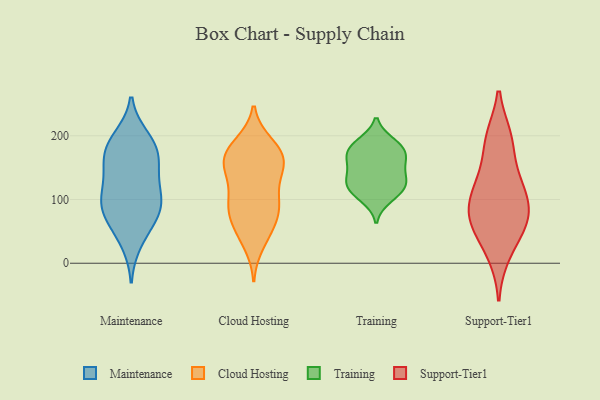
{"axis": {"x": "Waste Production (Tons)", "y": "Value"}, "legend": ["Cloud Hosting", "Maintenance", "Support-Tier1", "Training"], "data": [{"x": "", "y": 106, "type": "Maintenance"}, {"x": "", "y": 197, "type": "Maintenance"}, {"x": "", "y": 149, "type": "Maintenance"}, {"x": "", "y": 171, "type": "Maintenance"}, {"x": "", "y": 93, "type": "Maintenance"}, {"x": "", "y": 113, "type": "Maintenance"}, {"x": "", "y": 57, "type": "Maintenance"}, {"x": "", "y": 33, "type": "Maintenance"}, {"x": "", "y": 187, "type": "Maintenance"}, {"x": "", "y": 76, "type": "Maintenance"}, {"x": "", "y": 163, "type": "Maintenance"}, {"x": "", "y": 185, "type": "Maintenance"}, {"x": "", "y": 138, "type": "Maintenance"}, {"x": "", "y": 84, "type": "Maintenance"}, {"x": "", "y": 89, "type": "Maintenance"}, {"x": "", "y": 157, "type": "Cloud Hosting"}, {"x": "", "y": 179, "type": "Cloud Hosting"}, {"x": "", "y": 30, "type": "Cloud Hosting"}, {"x": "", "y": 84, "type": "Cloud Hosting"}, {"x": "", "y": 93, "type": "Cloud Hosting"}, {"x": "", "y": 76, "type": "Cloud Hosting"}, {"x": "", "y": 115, "type": "Cloud Hosting"}, {"x": "", "y": 44, "type": "Cloud Hosting"}, {"x": "", "y": 55, "type": "Cloud Hosting"}, {"x": "", "y": 98, "type": "Cloud Hosting"}, {"x": "", "y": 188, "type": "Cloud Hosting"}, {"x": "", "y": 182, "type": "Cloud Hosting"}, {"x": "", "y": 154, "type": "Cloud Hosting"}, {"x": "", "y": 96, "type": "Cloud Hosting"}, {"x": "", "y": 163, "type": "Cloud Hosting"}, {"x": "", "y": 176, "type": "Cloud Hosting"}, {"x": "", "y": 139, "type": "Cloud Hosting"}, {"x": "", "y": 148, "type": "Cloud Hosting"}, {"x": "", "y": 70, "type": "Cloud Hosting"}, {"x": "", "y": 154, "type": "Cloud Hosting"}, {"x": "", "y": 114, "type": "Training"}, {"x": "", "y": 165, "type": "Training"}, {"x": "", "y": 154, "type": "Training"}, {"x": "", "y": 172, "type": "Training"}, {"x": "", "y": 140, "type": "Training"}, {"x": "", "y": 102, "type": "Training"}, {"x": "", "y": 187, "type": "Training"}, {"x": "", "y": 174, "type": "Training"}, {"x": "", "y": 127, "type": "Training"}, {"x": "", "y": 129, "type": "Training"}, {"x": "", "y": 189, "type": "Training"}, {"x": "", "y": 117, "type": "Training"}, {"x": "", "y": 99, "type": "Support-Tier1"}, {"x": "", "y": 71, "type": "Support-Tier1"}, {"x": "", "y": 15, "type": "Support-Tier1"}, {"x": "", "y": 194, "type": "Support-Tier1"}, {"x": "", "y": 89, "type": "Support-Tier1"}, {"x": "", "y": 124, "type": "Support-Tier1"}, {"x": "", "y": 57, "type": "Support-Tier1"}, {"x": "", "y": 61, "type": "Support-Tier1"}, {"x": "", "y": 196, "type": "Support-Tier1"}, {"x": "", "y": 135, "type": "Support-Tier1"}]}